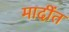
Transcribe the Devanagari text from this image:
मादींत